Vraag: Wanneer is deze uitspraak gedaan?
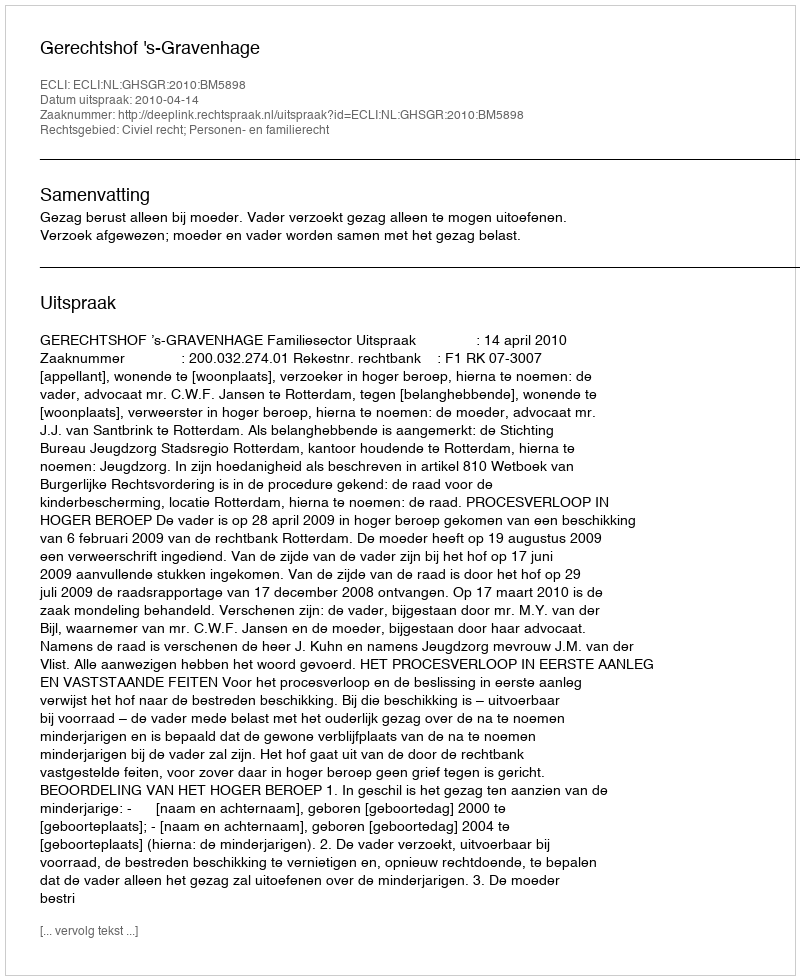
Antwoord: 2010-04-14